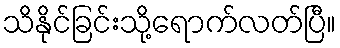
သိနိုင်ခြင်းသို့ရောက်လတ်ပြီ။